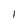
Character: l